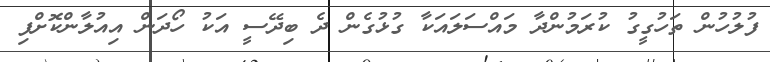
ފުލުހުން ތަހުގީގު ކުރަމުންދާ މައްސަލައަކާ ގުޅުގެން ދެ ބިދޭސީ އަކު ހޯދަން އިއުލާންކޮށްފި